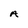
Character: A